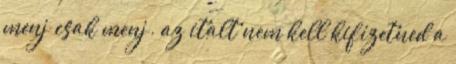
menj csak menj. az italt nem kell kifizetned a